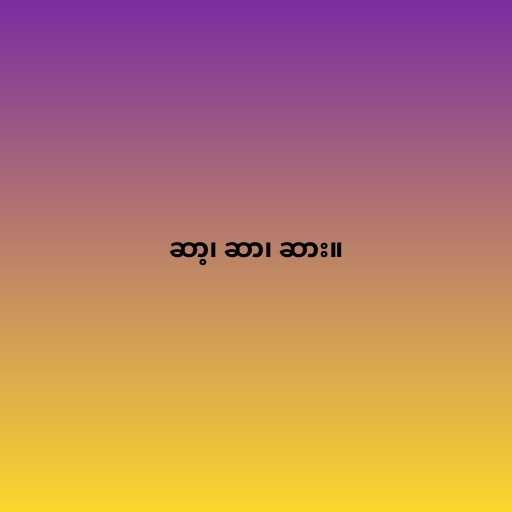
ဆာ့၊ ဆာ၊ ဆား။